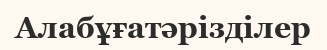
Алабұғатәрізділер